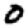
Digit: 0